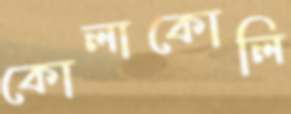
কোলাকোলি